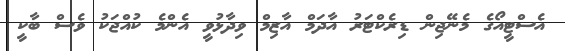
އެސްޓީއޯގެ މެނޭޖިން ޑިރެކްޓަރު އާދަމް އާޒިމް ވިދާޅުވީ އެންމެ ކުއްޖަކު ވެސް ބާކީ